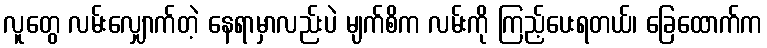
လူတွေ လမ်းလျှောက်တဲ့ နေရာမှာလည်းပဲ မျက်စိက လမ်းကို ကြည့်ပေးရတယ်၊ ခြေထောက်က